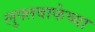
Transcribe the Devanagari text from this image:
लुफ्तवाफेच्या